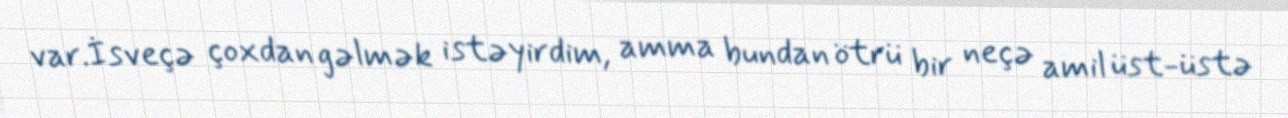
var.İsveçə çoxdan gəlmək istəyirdim, amma bundan ötrü bir neçə amil üst-üstə